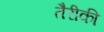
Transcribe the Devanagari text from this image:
तैरीकी